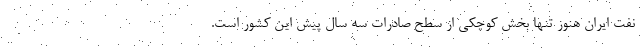
نفت ایران هنوز تنها بخش کوچکی از سطح صادرات سه سال پیش این کشور است.